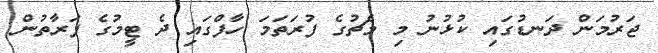
ޖަރުމަން ދަނޑުގައި ކުޅުނު މި މެޗުގެ ފުރަތަމަ ހާފްގައި ދެ ޓީމުގެ ފަރާތުން